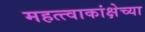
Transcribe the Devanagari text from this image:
महत्त्वाकांक्षेच्या